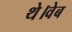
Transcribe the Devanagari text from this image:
थे।वेब